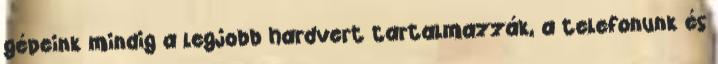
gépeink mindig a legjobb hardvert tartalmazzák, a telefonunk és